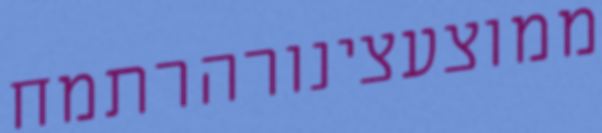
ממוצעצינורהרתמח